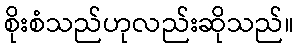
စိုးစံသည်ဟုလည်းဆိုသည်။